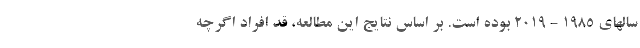
سالهای ۱۹۸۵ - ۲۰۱۹ بوده است. بر اساس نتایج این مطالعه، قد افراد اگرچه